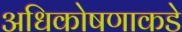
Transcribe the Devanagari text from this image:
अधिकोषणाकडे